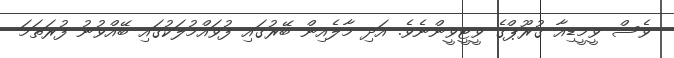
ވެސް ވީމީޑިއާ ގުރޫޕްގެ ވީޓީވީންނެވެ. އަދި މާލެއިން ބޭރުގައި ފުވައްމުލަކުގައި ބޭއްވުނު ފުރަތަމަ